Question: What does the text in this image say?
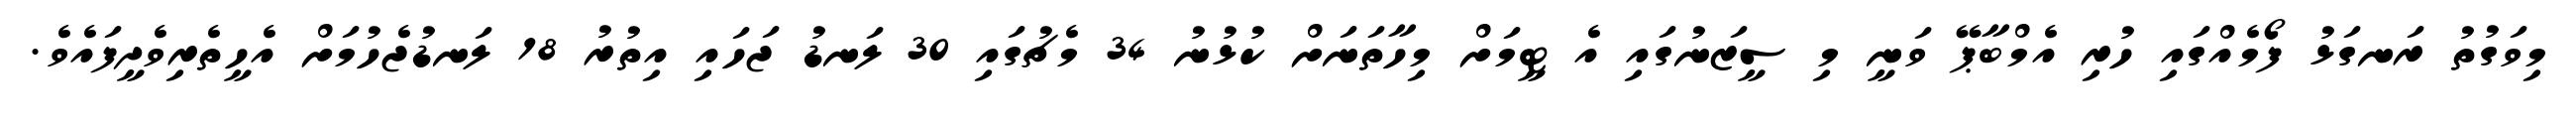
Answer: މިވަގުތު ރަނގަޅު ފޯމެއްގައި ހުރި އެމްބާޕޭ ވަނީ މި ސީޒަނުގައި އެ ޓީމަށް މިހާތަނަށް ކުޅުނު 34 މެޗުގައި 30 ލަނޑު ޖަހައި އިތުރު 18 ލަނޑުޖެހުމަށް އެހީތެރިވެދީފައެވެ.